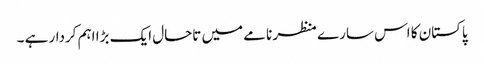
پاکستان کا اس سارے منظر نامے میں تاحال ایک بڑا اہم کردار ہے ۔